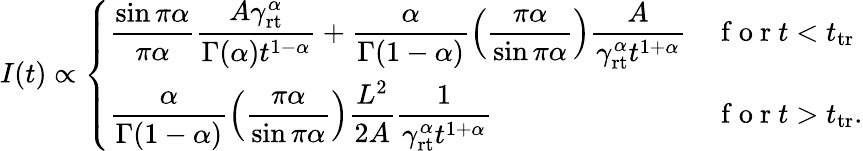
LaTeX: \begin{array}{r}{I(t)\propto\left\{ \begin{array}{ll}{\displaystyle\frac{\sin\pi\alpha}{\pi\alpha}\frac{A\gamma_{\mathrm{rt}}^{\alpha}}{\Gamma(\alpha)t^{1-\alpha}}+\frac{\alpha}{\Gamma(1-\alpha)}\left(\frac{\pi\alpha}{\sin\pi\alpha}\right)\frac{A}{\gamma_{\mathrm{rt}}^{\alpha}t^{1+\alpha}}}&{\mathrm{~f~o~r~}t<t_{\mathrm{tr}}}\\ {\displaystyle\frac{\alpha}{\Gamma(1-\alpha)}\left(\frac{\pi\alpha}{\sin\pi\alpha}\right)\frac{L^{2}}{2A}\frac{1}{\gamma_{\mathrm{rt}}^{\alpha}t^{1+\alpha}}}&{\mathrm{~f~o~r~}t>t_{\mathrm{tr}}.}\end{array}\right.}\end{array}